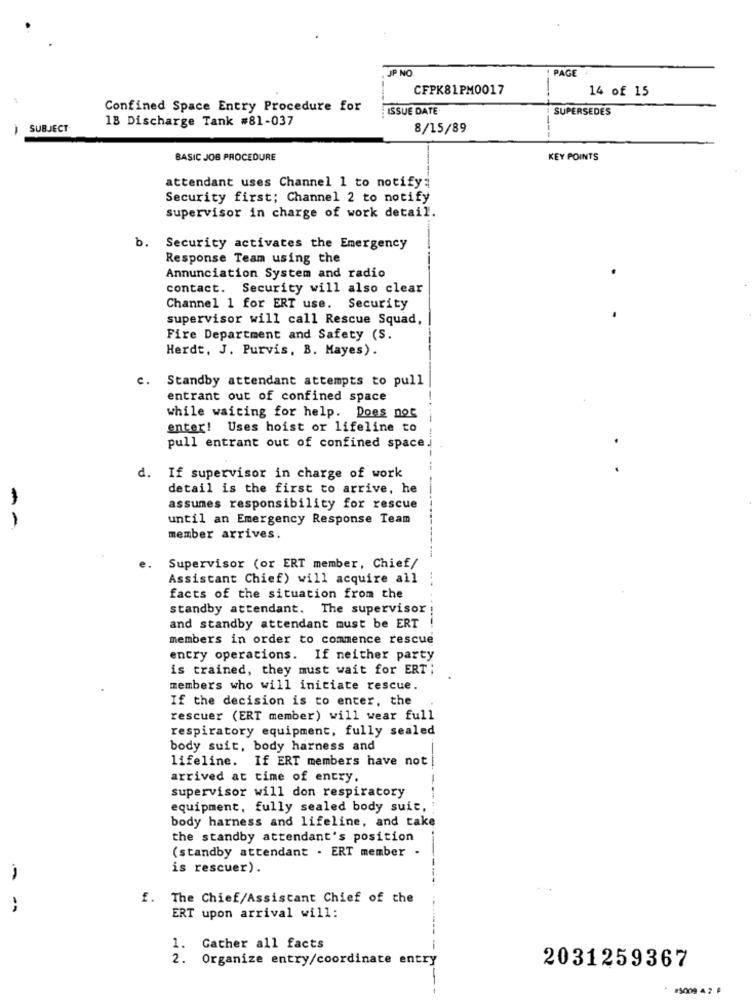
JP NO.
PAGE
CFPK81PM0017
14 of 15
Confined Space Entry Procedure for
ISSUE DATE
SUPERSEDES
18 Discharge Tank #81-037
1
SUBJECT
8/15/89
BASIC JOB PROCEDURE
KEY POINTS
attendant uses Channel 1 to notify;
Security first; Channel 2 to notify
supervisor in charge of work detail.
b.
Security activates the Emergency
Response Team using the
Annunciation System and radio
contact. Security will also clear
Channel 1 for ERT use.
Security
supervisor will call Rescue Squad,
Fire Department and Safety (S.
Herdt, J. Purvis, B. Mayes).
c. Standby attendant attempts to pull
entrant out of confined space
while waiting for help. Does not
enter! Uses hoist or lifeline to
---
pull entrant out of confined space.
d. If supervisor in charge of work
detail is the first to arrive, he
assumes responsibility for rescue
until an Emergency Response Team
--
member arrives.
Supervisor (or ERT member, Chief/
Assistant Chief) will acquire all
facts of the situation from the
standby attendant. The supervisor
and standby attendant must be ERT
members in order to commence rescue
entry operations. If neither party
is trained, they must wait for ERT;
members who will initiate rescue.
If the decision is to enter, the
rescuer (ERT member) will wear full
respiratory equipment, fully sealed
body suit, body harness and
lifeline. If ERT members have not
arrived at time of entry.
supervisor will don respiratory
equipment, fully sealed body suit,
body harness and lifeline, and take
the standby attendant's position
(standby attendant . ERT member
is rescuer).
f. The Chief/Assistant Chief of the
ERT upon arrival will:
1. Gather all facts
2. Organize entry/coordinate entry
2031259367
#5009 42 ₽